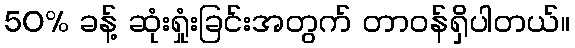
50% ခန့် ဆုံးရှုံးခြင်းအတွက် တာဝန်ရှိပါတယ်။